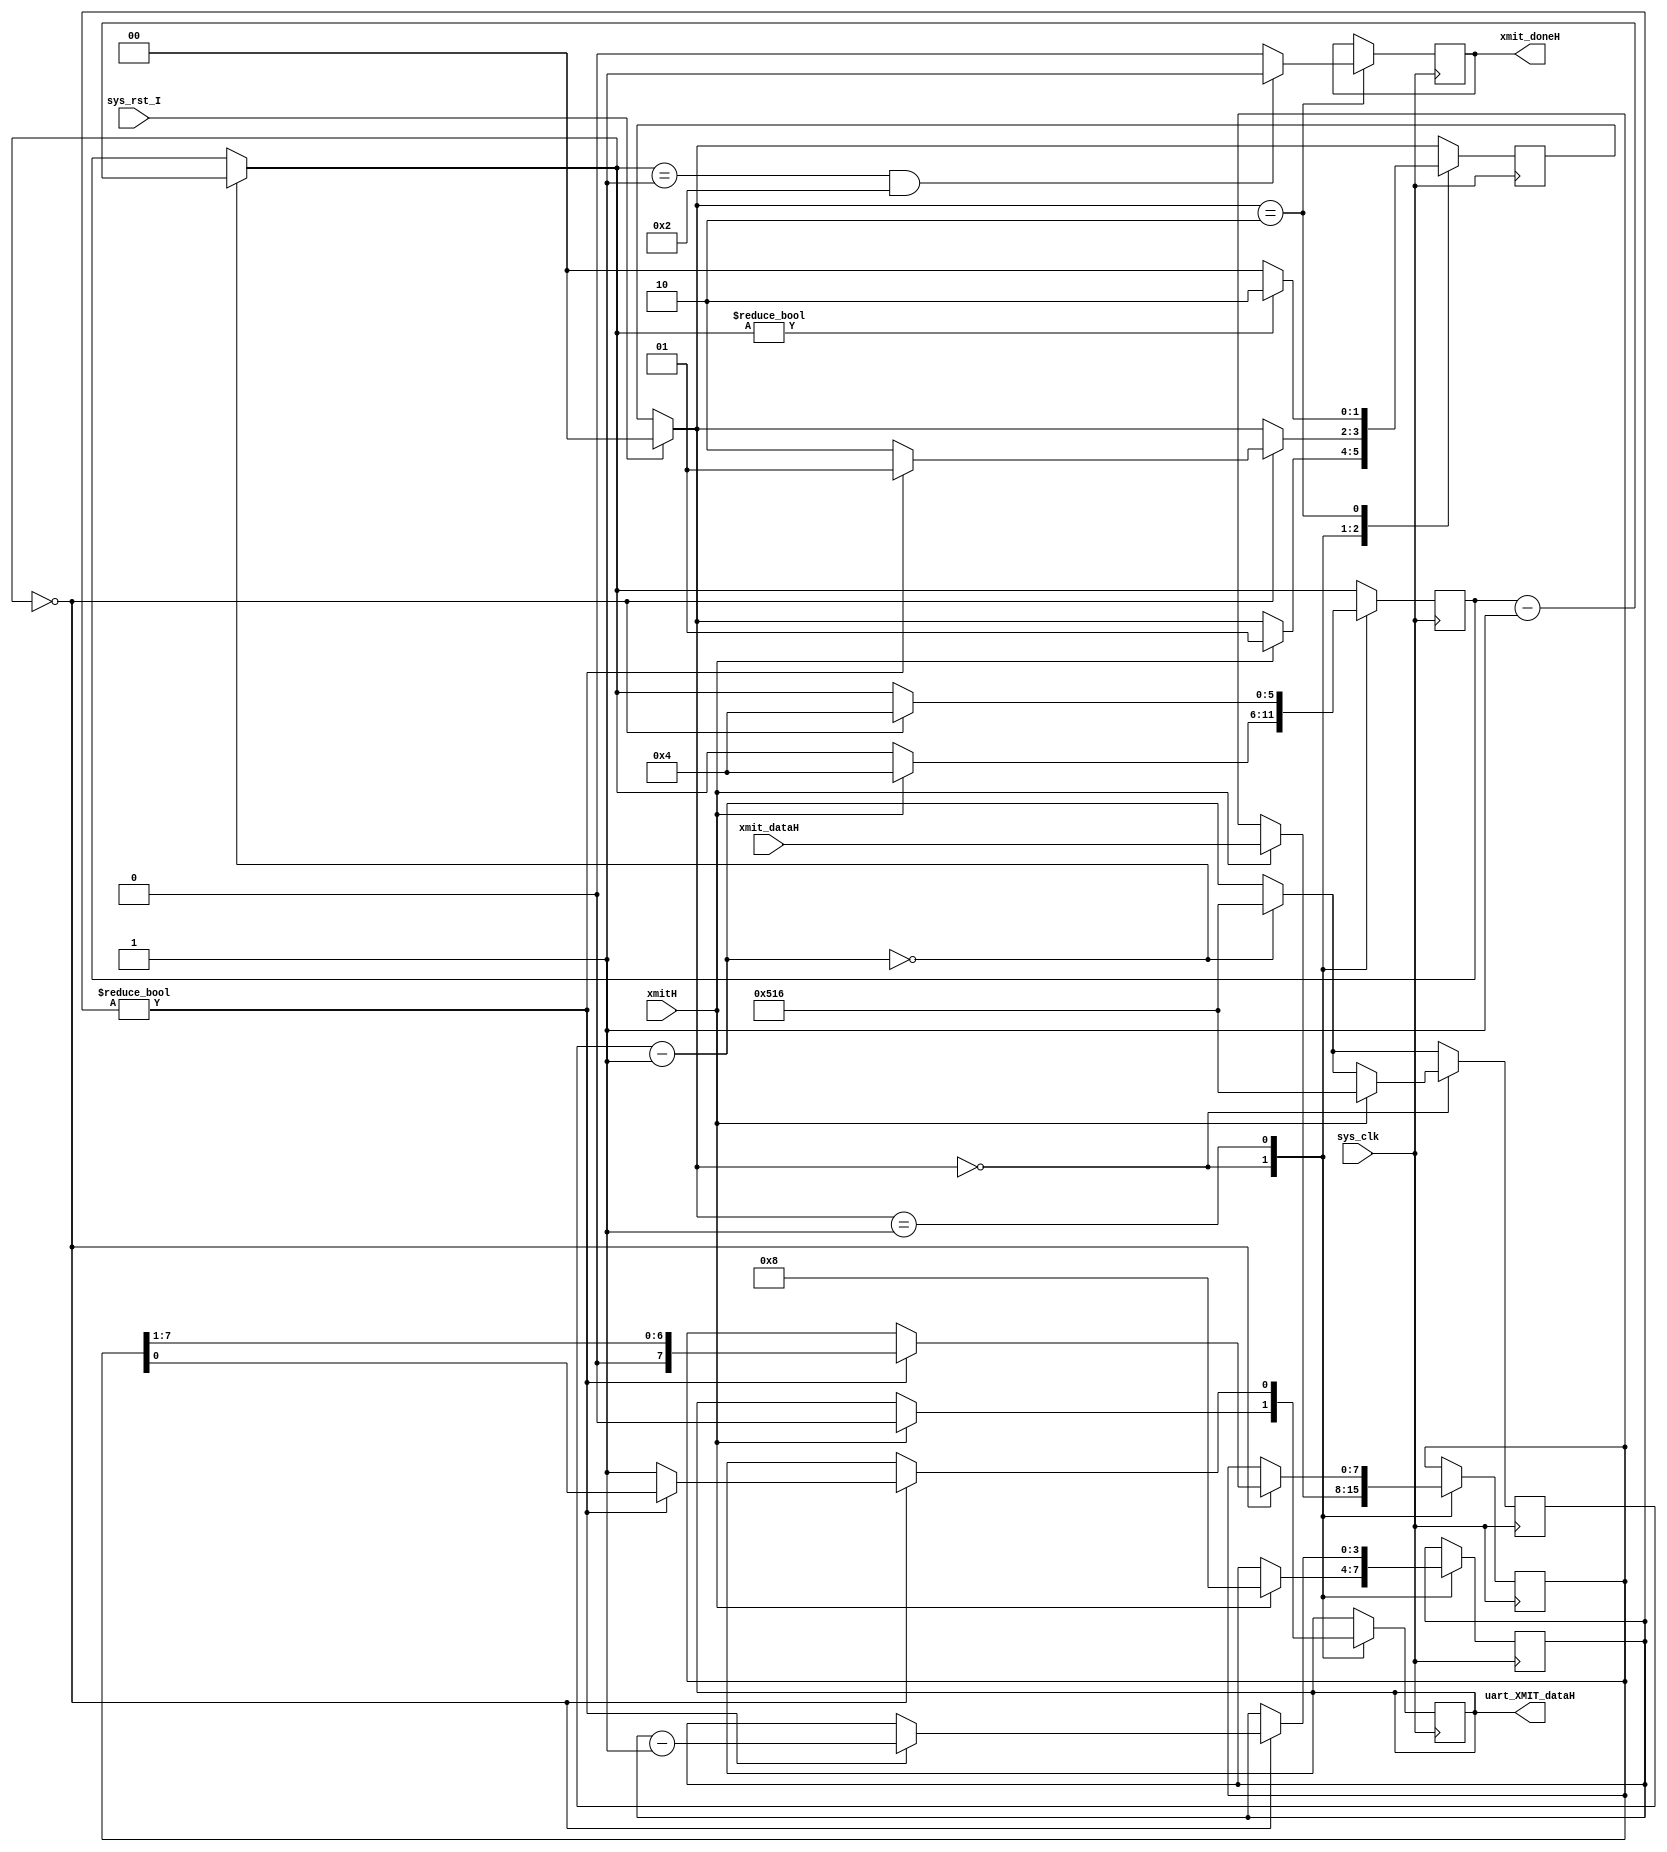
`timescale 1ns / 1ps


module u_xmit(
    input sys_clk, // The master clock for this module
    input sys_rst_I, // Synchronous reset.
    output uart_XMIT_dataH, // Outgoing serial line
    input xmitH, // Signal1 to transmit
    input [7:0] xmit_dataH, // Byte to transmit
    output reg xmit_doneH // High when transmit line is idle.
    );
parameter CLOCK_DIVIDE = 1302; // clock rate (50Mhz) / (baud rate (9600) * 4)           /* actually 1302.083333333333333333 */

parameter TX_IDLE = 0;
parameter TX_SENDING = 1;
parameter TX_DELAY_RESTART = 2;


reg [10:0] tx_clk_divider = CLOCK_DIVIDE;

reg tx_out = 1'b1;
reg [1:0] tx_state = TX_IDLE;
reg [5:0] tx_countdown;
reg [3:0] tx_bits_remaining;
reg [7:0] tx_data;

    initial
    begin
    xmit_doneH = 1'b0;
    end

assign uart_XMIT_dataH = tx_out;

always @(posedge sys_clk) begin
	if (sys_rst_I) begin
		tx_state = TX_IDLE;
	end

	// The clk_divider counter counts down from
	// the CLOCK_DIVIDE constant. Whenever it
	// reaches 0, 1/16 of the bit period has elapsed.
   // Countdown timers for the transmitting
	// state machine is decremented.
	tx_clk_divider = tx_clk_divider - 1;
	if (!tx_clk_divider) begin
		tx_clk_divider = CLOCK_DIVIDE;
		tx_countdown = tx_countdown - 1;
	end


//      transmitter state machine
    case (tx_state)
		TX_IDLE: begin
			if (xmitH) begin
				// If the transmit flag is raised in the idle
				// state, start transmitting the current content
				// of the xmit_dataH input.
				tx_data = xmit_dataH;
				// Send the initial, low pulse of 1 bit period
				// to signal the start, followed by the data
				tx_clk_divider = CLOCK_DIVIDE;
				tx_countdown = 4;
				tx_out = 0;
				tx_bits_remaining = 8;
				tx_state = TX_SENDING;
			end
		end
		TX_SENDING: begin
			if (!tx_countdown) begin
				if (tx_bits_remaining) begin
					tx_bits_remaining = tx_bits_remaining - 1;
					tx_out = tx_data[0];
					tx_data = {1'b0, tx_data[7:1]};
					tx_countdown = 4;
					tx_state = TX_SENDING;
				end else begin
					// Set delay to send out 2 stop bits.
					tx_out = 1;
					tx_countdown = 4;
					tx_state = TX_DELAY_RESTART;
				end
			end
		end
		TX_DELAY_RESTART: begin
			// Wait until tx_countdown reaches the end before
			// we send another transmission. This covers the
			// "stop bit" delay.
			tx_state = tx_countdown ? TX_DELAY_RESTART : TX_IDLE;
			
  
           
            if((tx_countdown == 1) && TX_DELAY_RESTART)
                xmit_doneH = 1'b1;
            else
                xmit_doneH = 1'b0;
		end
	endcase
end

endmodule